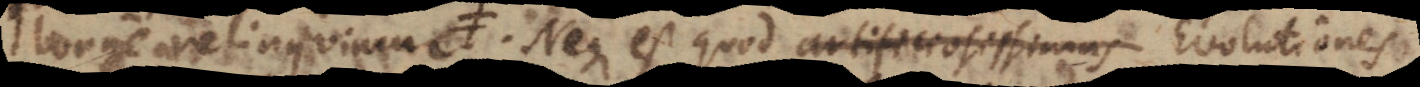
are lectis, agnovere. Neque est quod artificiosissimas Evolutiones